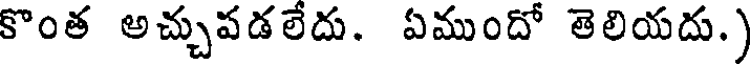
కొంత అచ్చుపడలేదు. ఏముందో తెలియదు.)